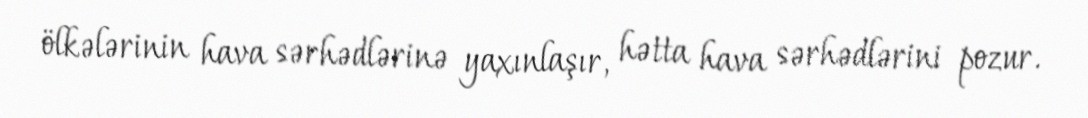
ölkələrinin hava sərhədlərinə yaxınlaşır, hətta hava sərhədlərini pozur.